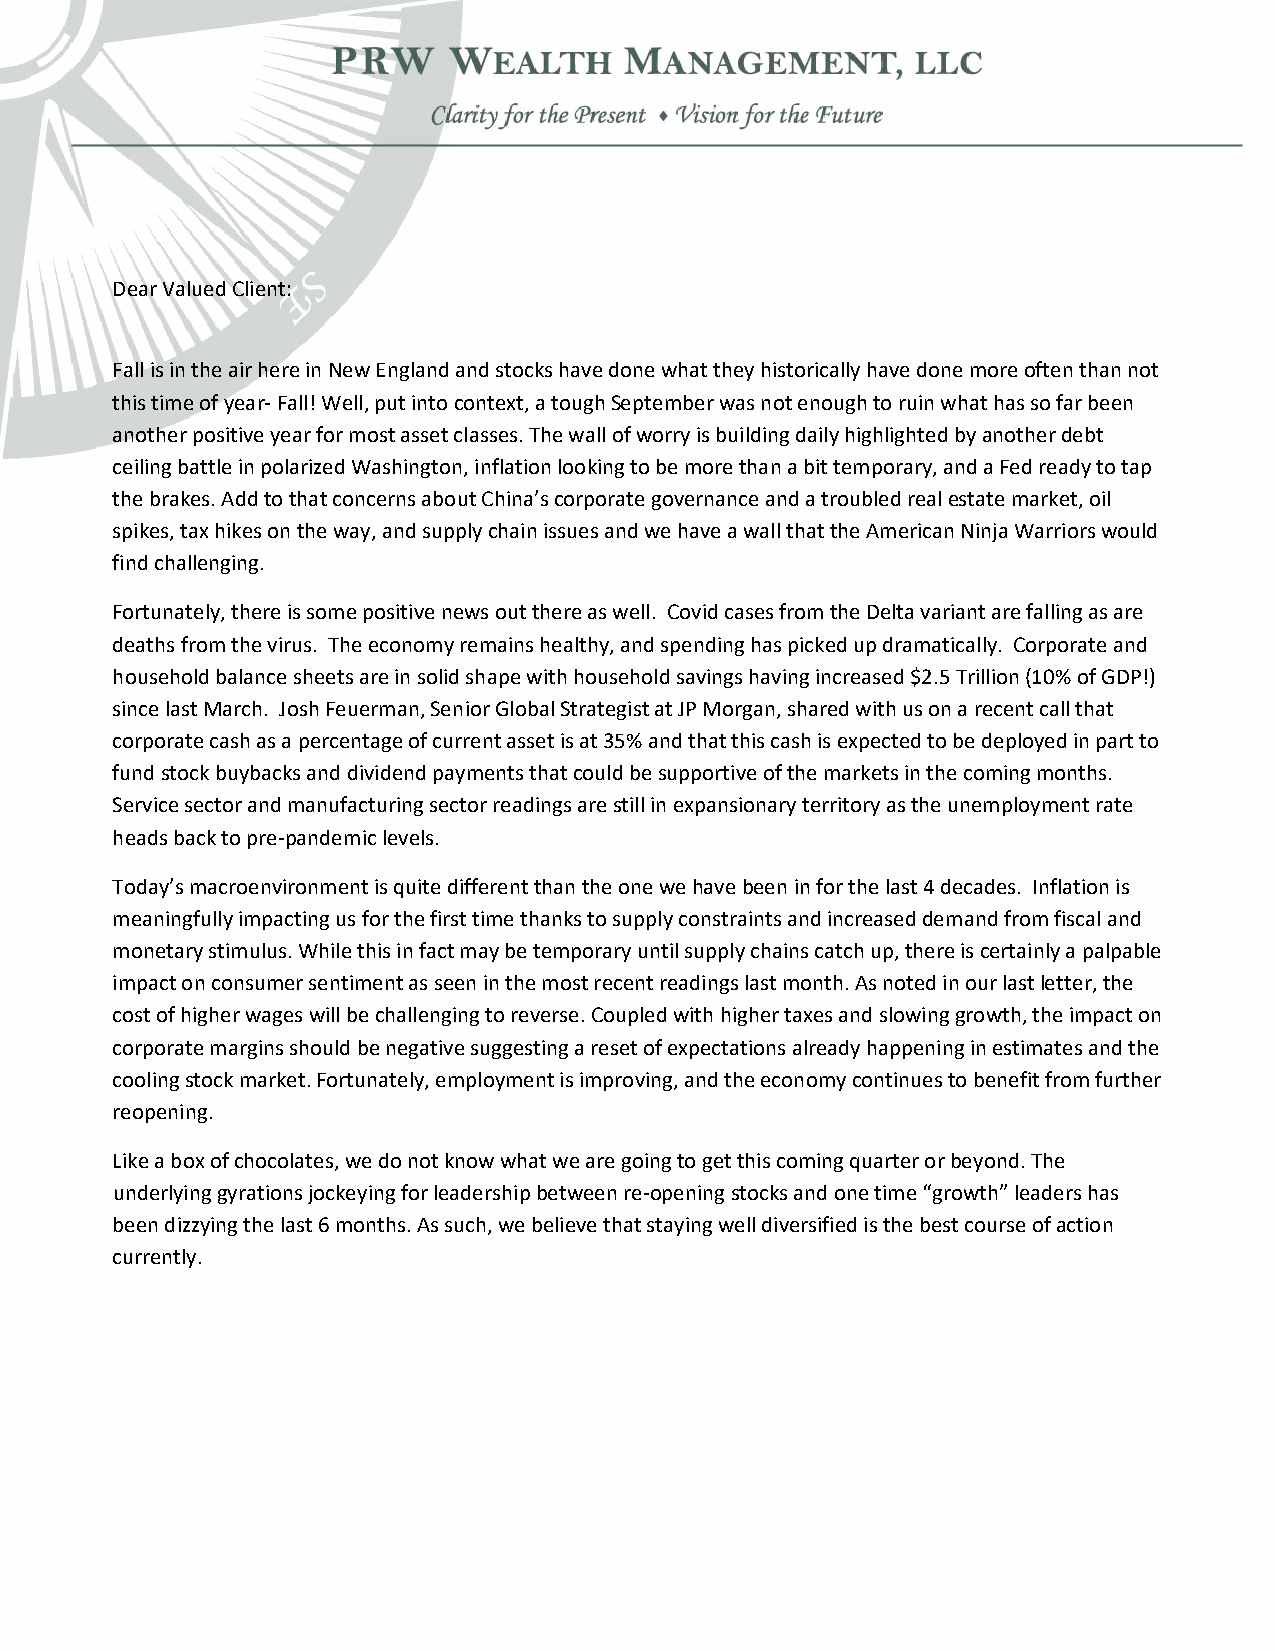
Dear Valued Client:
 Fall is in the air here in New England and stocks have done what they historically have done more often than not
 this time of year‐ Fall! Well, put into context, a tough September was not enough to ruin what has so far been
 another positive year for most asset classes. The wall of worry is building daily highlighted by another debt
 ceiling battle in polarized Washington, inflation looking to be more than a bit temporary, and a Fed ready to tap
 the brakes. Add to that concerns about China’s corporate governance and a troubled real estate market, oil
 spikes, tax hikes on the way, and supply chain issues and we have a wall that the American Ninja Warriors would
 find challenging.
 Fortunately, there is some positive news out there as well. Covid cases from the Delta variant are falling as are
 deaths from the virus. The economy remains healthy, and spending has picked up dramatically. Corporate and
 household balance sheets are in solid shape with household savings having increased $2.5 Trillion (10% of GDP!)
 since last March. Josh Feuerman, Senior Global Strategist at JP Morgan, shared with us on a recent call that
 corporate cash as a percentage of current asset is at 35% and that this cash is expected to be deployed in part to
 fund stock buybacks and dividend payments that could be supportive of the markets in the coming months.
 Service sector and manufacturing sector readings are still in expansionary territory as the unemployment rate
 heads back to pre‐pandemic levels.
 Today’s macroenvironment is quite different than the one we have been in for the last 4 decades. Inflation is
 meaningfully impacting us for the first time thanks to supply constraints and increased demand from fiscal and
 monetary stimulus. While this in fact may be temporary until supply chains catch up, there is certainly a palpable
 impact on consumer sentiment as seen in the most recent readings last month. As noted in our last letter, the
 cost of higher wages will be challenging to reverse. Coupled with higher taxes and slowing growth, the impact on
 corporate margins should be negative suggesting a reset of expectations already happening in estimates and the
 cooling stock market. Fortunately, employment is improving, and the economy continues to benefit from further
 reopening.
 Like a box of chocolates, we do not know what we are going to get this coming quarter or beyond. The
 underlying gyrations jockeying for leadership between re‐opening stocks and one time “growth” leaders has
 been dizzying the last 6 months. As such, we believe that staying well diversified is the best course of action
 currently.